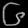
Digit: ၆